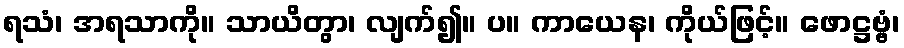
ရသံ၊ အရသာကို။ သာယိတွာ၊ လျက်၍။ ပ။ ကာယေန၊ ကိုယ်ဖြင့်။ ဖောဋ္ဌဗ္ဗံ၊